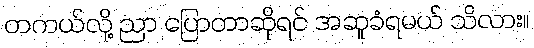
တကယ်လို့ ညာ ပြောတာဆိုရင် အဆူခံရမယ် သိလား။